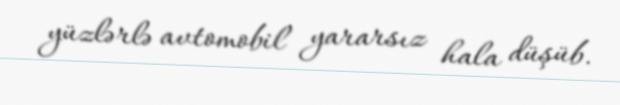
yüzlərlə avtomobil yararsız hala düşüb.